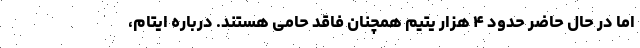
اما در حال حاضر حدود ۴ هزار یتیم همچنان فاقد حامی هستند. درباره ایتام،